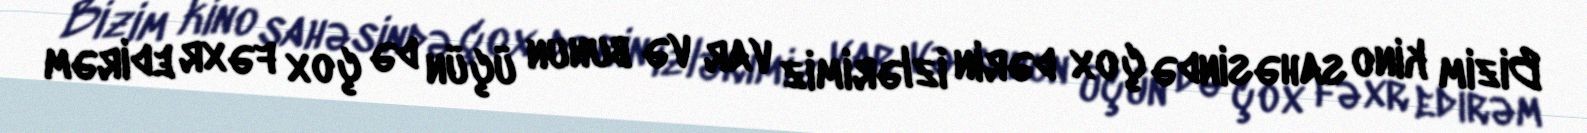
Bizim kino sahəsində çox dərin izlərimiz var və bunun üçün də çox fəxr edirəm